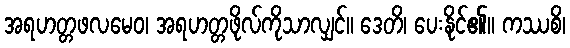
အရဟတ္တဖလမေဝ၊ အရဟတ္တဖိုလ်ကိုသာလျှင်။ ဒေတိ၊ ပေးနိုင်၏။ ကဿစိ၊